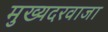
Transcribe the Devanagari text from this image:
मुख्यदरवाजा